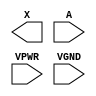
module sky130_fd_sc_hs__buf (
    X   ,
    A   ,
    VPWR,
    VGND
);

    output X   ;
    input  A   ;
    input  VPWR;
    input  VGND;
endmodule